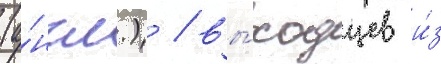
(а́нгл.) / вы́ходцев и́з